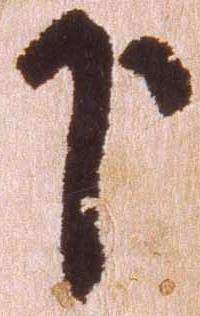
下